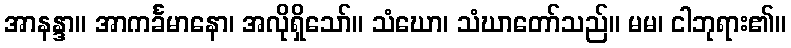
အာနန္ဒာ။ အာကင်္ခမာနော၊ အလိုရှိသော်။ သံဃော၊ သံဃာတော်သည်။ မမ၊ ငါဘုရား၏။